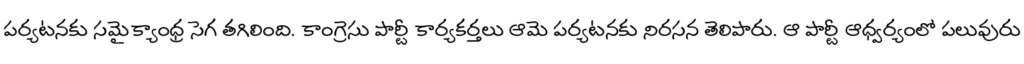
పర్యటనకు సమైక్యాంధ్ర సెగ తగిలింది. కాంగ్రెసు పార్టీ కార్యకర్తలు ఆమె పర్యటనకు నిరసన తెలిపారు. ఆ పార్టీ ఆధ్వర్యంలో పలువురు